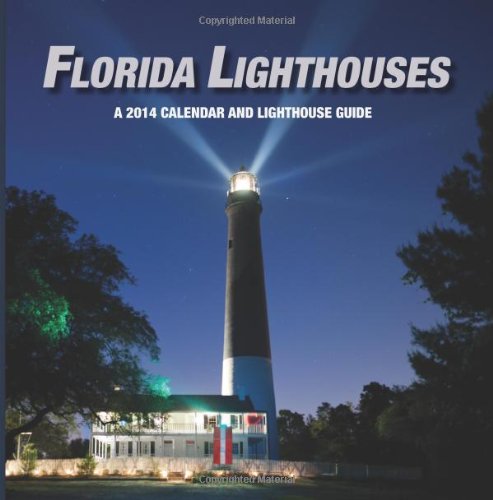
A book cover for Florida Lighthouses 2014 Calendar: A 2014 Calendar And Guide To Florida Lighthouses; Lee Shore; Calendars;